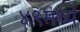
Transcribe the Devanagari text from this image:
४९मध्ये